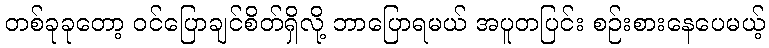
တစ်ခုခုတော့ ဝင်ပြောချင်စိတ်ရှိလို့ ဘာပြောရမယ် အပူတပြင်း စဉ်းစားနေပေမယ့်